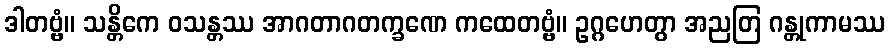
ဒါတဗ္ဗံ။ သန္တိကေ ဝသန္တဿ အာဂတာဂတက္ခဏေ ကထေတဗ္ဗံ။ ဥဂ္ဂဟေတွာ အညတြ ဂန္တုကာမဿ